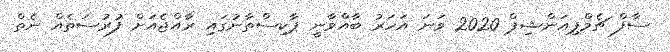
ސާފް ޗެމްޕިއަންޝިޕް 2020 ވަނަ އަހަރު ބާއްވާނީ ޕާކިސްތާނުގައި ރާއްޖެއަށް ފުރުސަތެއް ނެތް